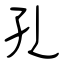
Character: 孔